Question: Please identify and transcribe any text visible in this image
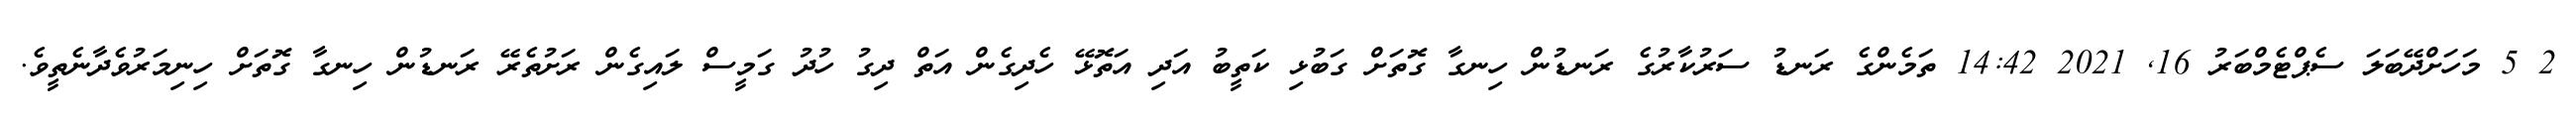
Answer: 2 5 މަހަށްދޭބަލަ ސެޕްޓެމްބަރު 16, 2021 14:42 ތަމެންގެ ރަނޑު ސަރުކާރުގެ ރަނޑުން ހިނގާ ގޮތަށް ގަބުޅި ކަތީބު އަދި އަތޮޅޭ ހެދިގެން އަތް ދިގު ހުދު ގަމީސް ލައިގެން ރަށުތެރޭ ރަނޑުން ހިނގާ ގޮތަށް ހިނިމަރުވެދާނެތީވެ.